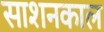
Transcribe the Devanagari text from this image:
साशनकाल